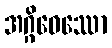
အဂ္ဂိဝေဿော